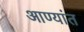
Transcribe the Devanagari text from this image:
आण्यांत